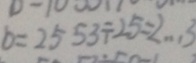
b = 2 5 5 3 \div 2 5 = 2 \cdots 3